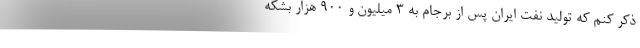
ذكر كنم كه تولید نفت ایران پس از برجام به 3 میلیون و 900 هزار بشكه